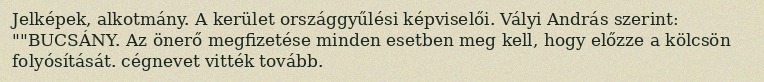
Jelképek, alkotmány. A kerület országgyűlési képviselői. Vályi András szerint: ""BUCSÁNY. Az önerő megfizetése minden esetben meg kell, hogy előzze a kölcsön folyósítását. cégnevet vitték tovább.